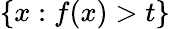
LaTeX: \{ x:f(x)>t\}